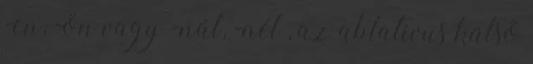
-en, -ön vagy -nál, -nél , az ablativus külső